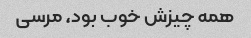
همه چیزش خوب بود، مرسی